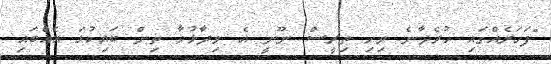
"ފަހަރެއްގައި ހުރެދާނެ ވިހި ތިރީސް ނޫނީ އެ ވިދާޅުވާ ތިން ބައިކުޅަ އެއްބައި